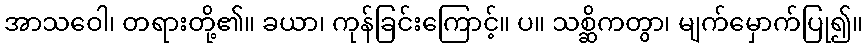
အာသဝေါ၊ တရားတို့၏။ ခယာ၊ ကုန်ခြင်းကြောင့်။ ပ။ သစ္ဆိကတွာ၊ မျက်မှောက်ပြု၍။